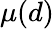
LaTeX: \mu(d)